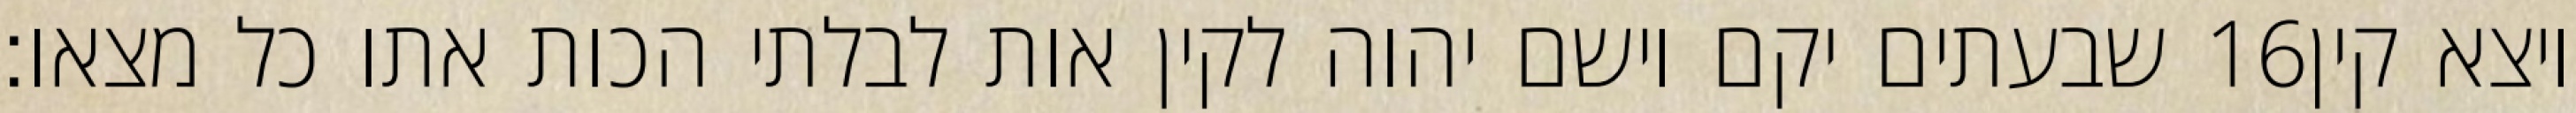
שבעתים יקם וישם יהוה לקין אות לבלתי הכות אתו כל מצאו׃ ‎16‏ ויצא קין